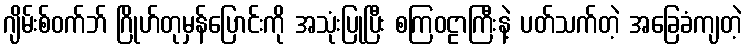
ဂျိမ်းစ်ဝက်ဘ် ဂြိုဟ်တုမှန်ပြောင်းကို အသုံးပြုပြီး စကြဝဠာကြီးနဲ့ ပတ်သက်တဲ့ အခြေခံကျတဲ့